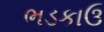
ભડકાઉ